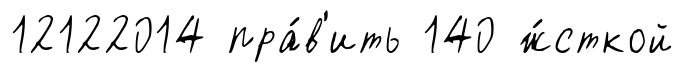
12122014 пра́в'ить 140 ж́сткой